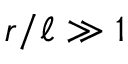
r / \ell \gg 1